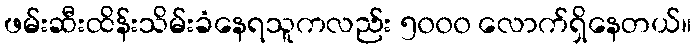
ဖမ်းဆီးထိန်းသိမ်းခံနေရသူကလည်း ၅၀၀၀ လောက်ရှိနေတယ်။